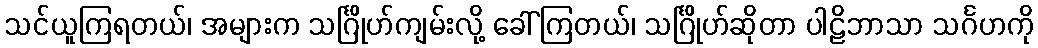
သင်ယူကြရတယ်၊ အများက သင်္ဂြိုဟ်ကျမ်းလို့ ခေါ်ကြတယ်၊ သင်္ဂြိုဟ်ဆိုတာ ပါဠိဘာသာ သင်္ဂဟကို